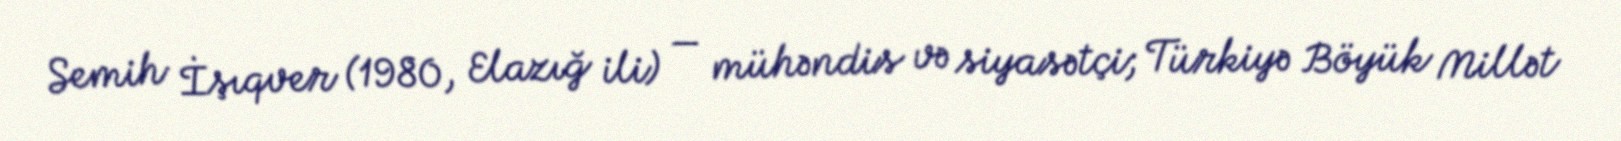
Semih İşıqver (1980, Elazığ ili) — mühəndis və siyasətçi; Türkiyə Böyük Millət